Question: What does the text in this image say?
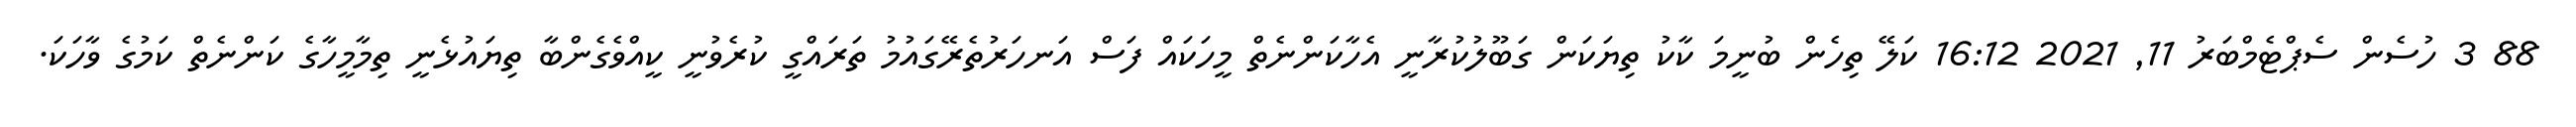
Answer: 88 3 ހުސެން ސެޕްޓެމްބަރު 11, 2021 16:12 ކަލޭ ތިހެން ބުނީމަ ކާކު ތިޔަކަން ގަބޫލުކުރާނީ އެހާކަންނެތް މީހަކައް ފަސް އަނހަރުތެރޭގައުމު ތަރައްގީ ކުރެވުނީ ކީއްވެގެންބާ ތިޔައުޅެނީ ތިމާމީހާގެ ކަންނެތް ކަމުގެ ވާހަކަ.